Tartu_linnavalitsus, lk 9
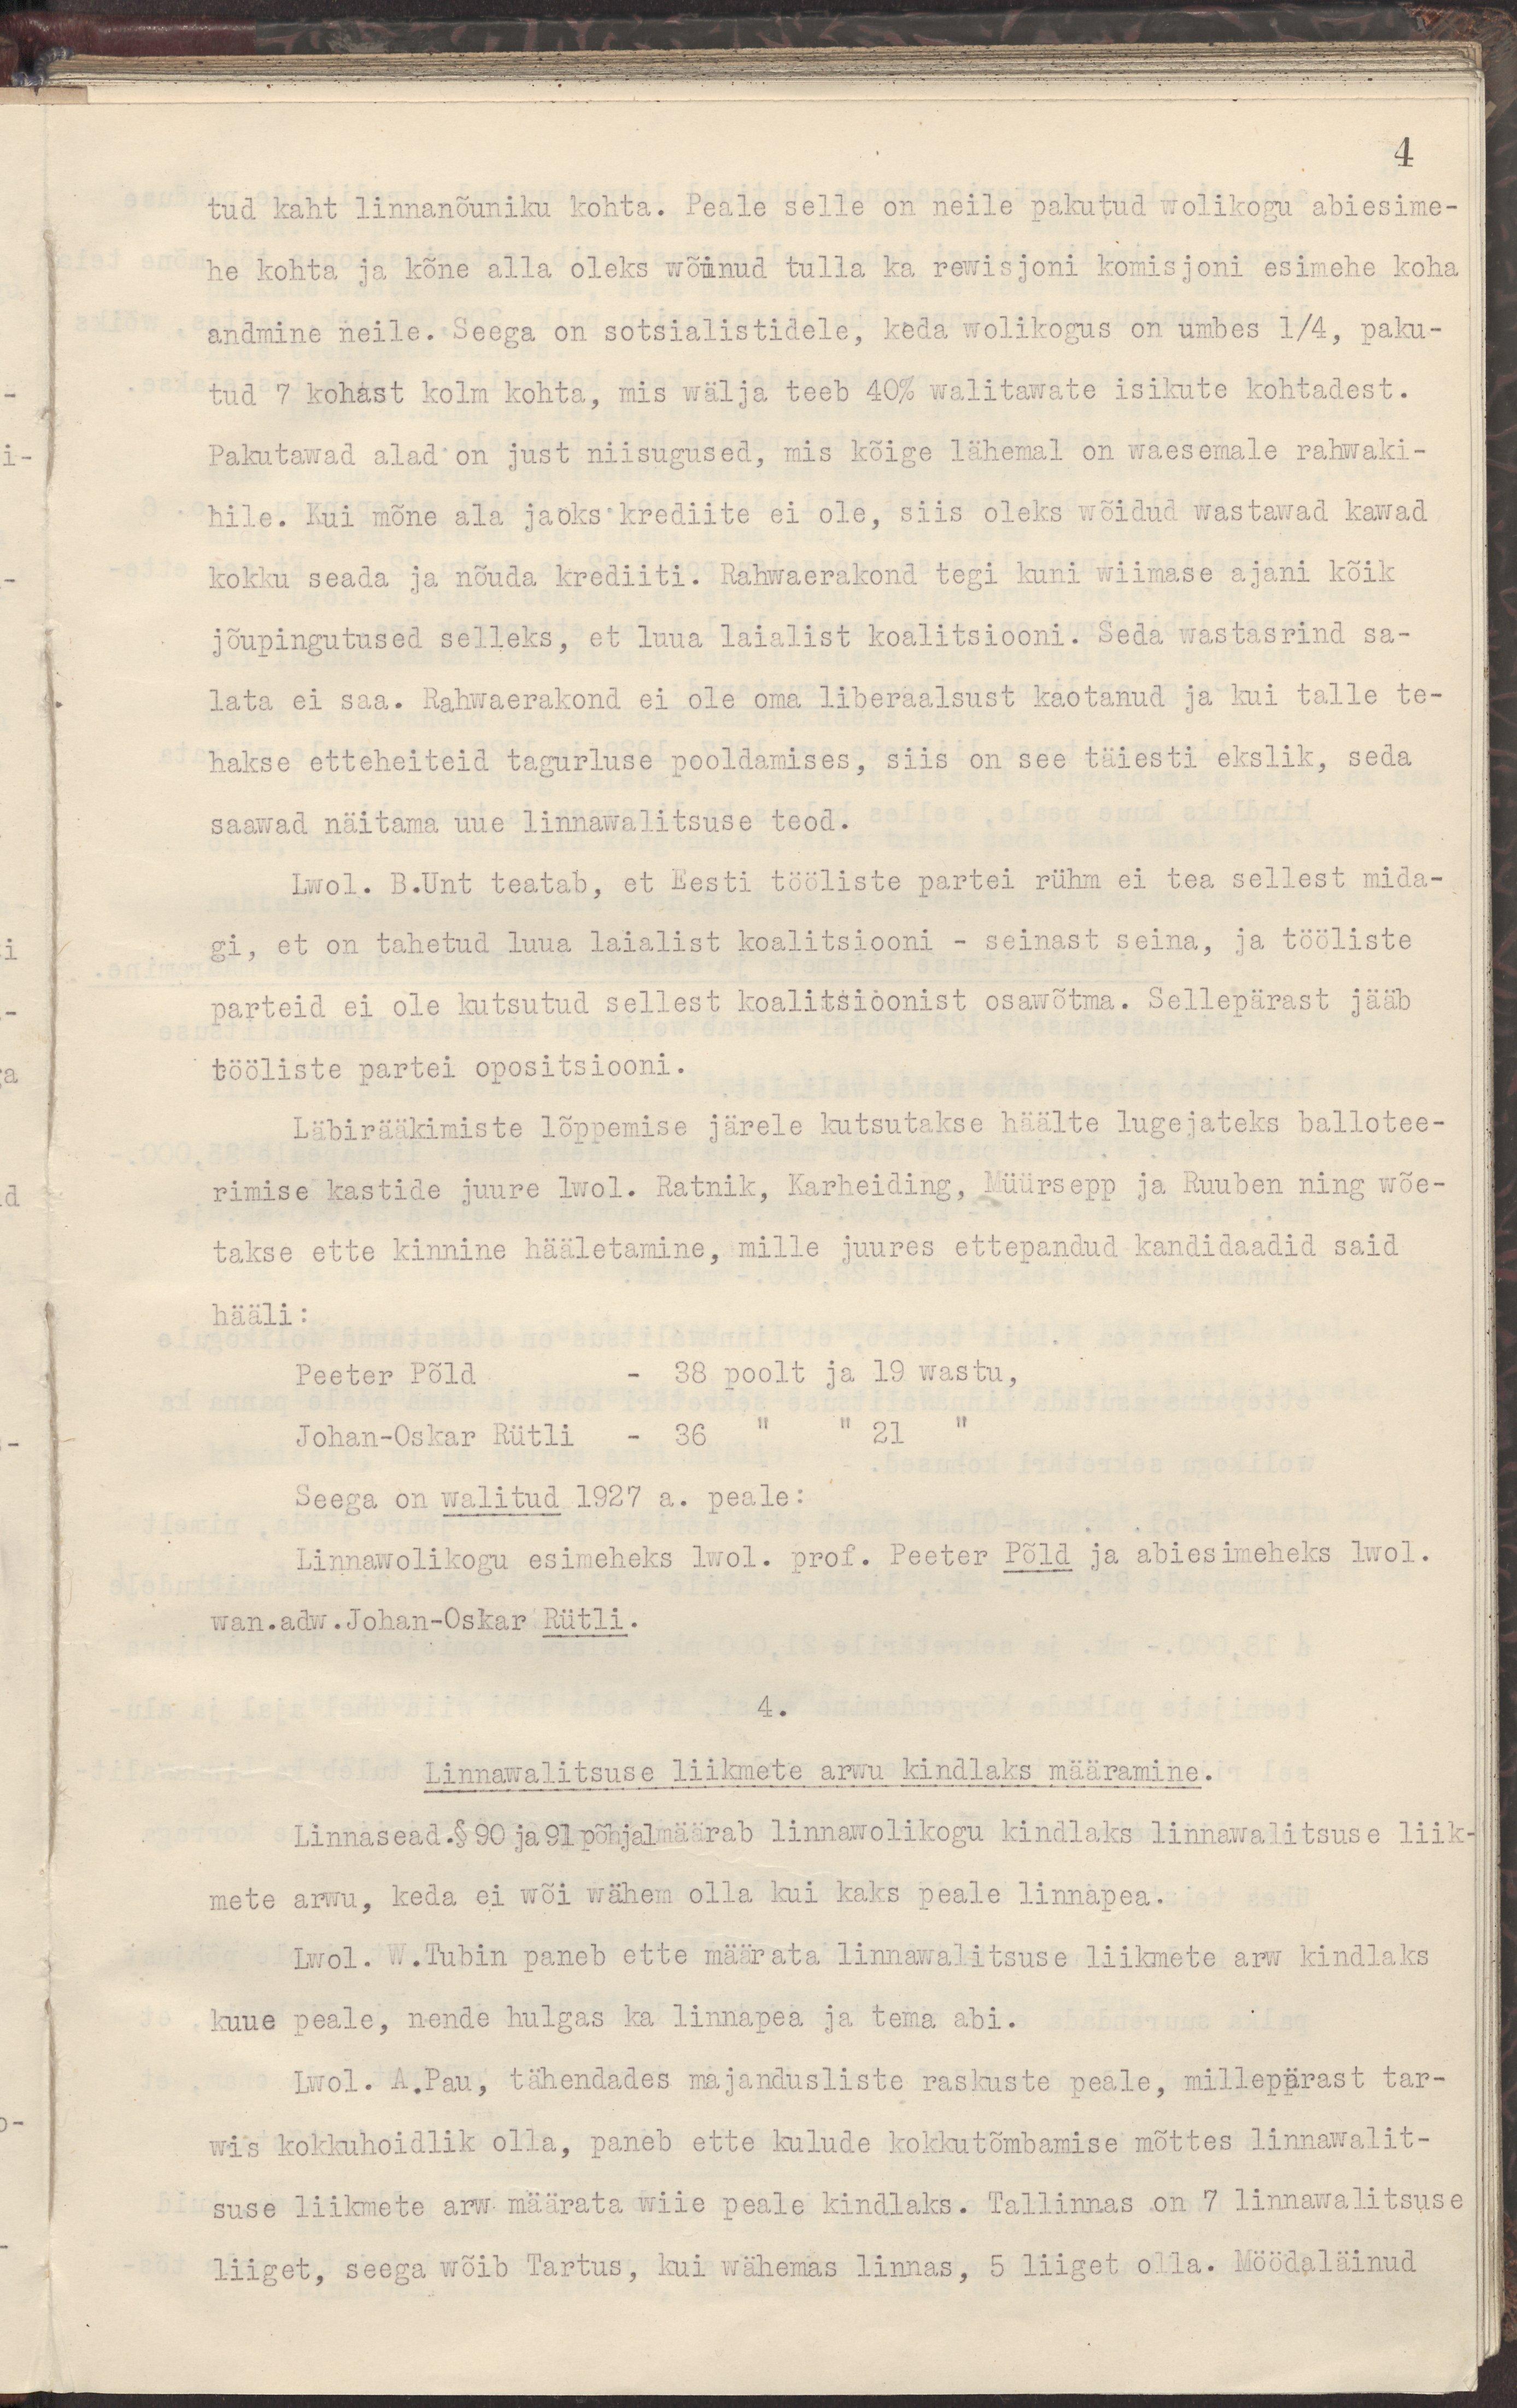
4
tud kaht linnanõuniku kohta. Peale selle on neile pakutud wolikogu abiesime-
he kohta ja kõne alla oleks wõinud tulla ka rewisjoni komisjoni esimehe koha
andmine neile. Seega on sotsialistidele, keda wolikogus on umbes 1/4, paku-
tud 7 kohast kolm kohta, mis wälja teeb 40% walitawate isikute kohtadest.
Pakutawad alad on just niisugused, mis kõige lähemal on waesemale rahwaki-
hile. Kui mõne ala jaoks krediite ei ole, siis oleks wõidud wastawad kawad
kokku seada ja nõuda krediiti. Rahwaerakond tegi kuni wiimase ajani kõik
jõupingutused selleks, et luua laialist koalitsiooni. Seda wastasrind sa-
lata ei saa. rahwaerakond ei ole oma liberaalsust kaotanud ja kui talle te-
hakse etteheiteid tagurluse pooldamises, siis on see täiesti ekslik, seda
saawad näitama uue linnawalitsuse teod. 
Lwol. B. Unt teatab, et Eesti tööliste partei rühm ei tea sellest mida-
gi, et on tahetud luua laialist koalitsiooni - seinast seina, ja tööliste
parteid ei ole kutsutud sellest koalitsioonist osawõtma. Sellepärast jääb
tööliste partei opositsiooni.
Läbirääkimiste lõppemise järele kutsutakse häälte lugejateks ballotee-
rimise kastide juure lwol. Ratnik, Karheiding, Müürsepp ja Ruuben ning wõe-
takse ette kinnine hääletamine, mille juures ettepandud kandidaadid said
hääli :
Peeter Põld - 38 poolt ja 19 wastu,
Johan-Oskar Rütli - 36 " " 21 "
Seega on walitud 1927 a. peale :
Linnawolikogu esimeheks lwol. prof. Peeter Põld ja abiesimeheks lwol. 
wan.adw.Johan-Oskar Rütli.
4.
Linnawalitsuse liikmete arwu kindlaks määramine.
Linnasead.§90 ja 91 põhjalmäärab linnawolikogu kindlaks linnawalitsuse liik-
mete arwu, keda ei wõi wähem olla kui kaks peale linnapea.
Lwol. W.Tubin paneb ette määrata linnawalitsuse liikmete arw kindlaks
kuue peale, nende hulgas ka linnapea ja tema abi.
Lwol. A.Pau, tähendades majandusliste raskuste peale, millepärast tar-
wis kokkuhoidlik olla, paneb ette kulude kokkutõmbamise mõttes linnawalit-
suse liikmete arw määrata wiie peale kindlaks. Tallinnas on 7 linnawalitsuse 
liiget, seega wõib Tartus, kui wähemas linnas, 5 liiget olla. Möödaläinud